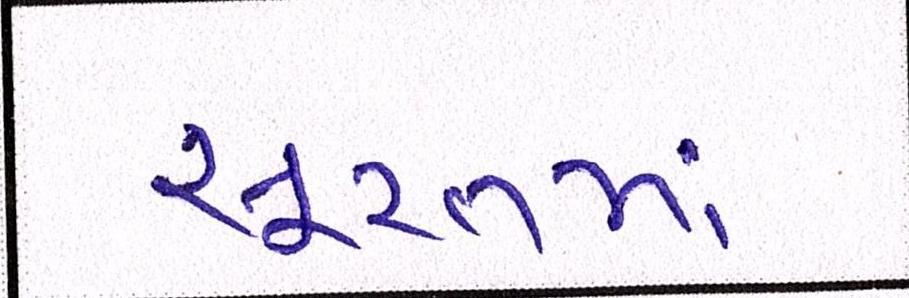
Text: સૂરતમાં